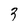
Character: 3